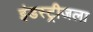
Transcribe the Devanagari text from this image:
इंडस्ट्रीजला